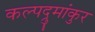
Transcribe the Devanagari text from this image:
कल्पद्रुमांकुर